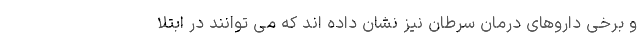
و برخی داروهای درمان سرطان نیز نشان داده اند که می توانند در ابتلا